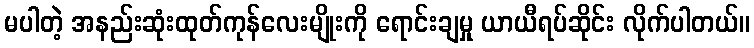
မပါတဲ့ အနည်းဆုံးထုတ်ကုန်လေးမျိုးကို ရောင်းချမှု ယာယီရပ်ဆိုင်း လိုက်ပါတယ်။